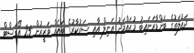
ދައުލަތުގެ ބަންޑާރަނައިބު މުޙައްމަދު ޢަނިލް އާއި ސަރުކާރުގެ ބައެއް ވަޒީރުން 25 އޯގަސްޓް